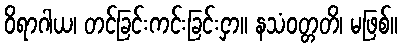
ဝိရာဂါယ၊ တင်ခြင်းကင်းခြင်းငှာ။ နသံဝတ္တတိ၊ မဖြစ်။